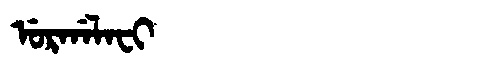
Manchu: ᡠᡵᡤᠠᠯᠠᠸᡳ
Romanization: URGALAFI